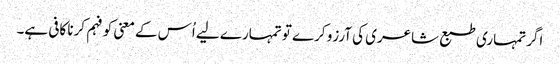
اگر تمہاری طبع شاعری کی آرزو کرے تو تمہارے لیے اُس کے معنی کو فہم کرنا کافی ہے۔